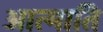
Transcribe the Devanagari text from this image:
आत्माति